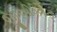
જીઓકોડ